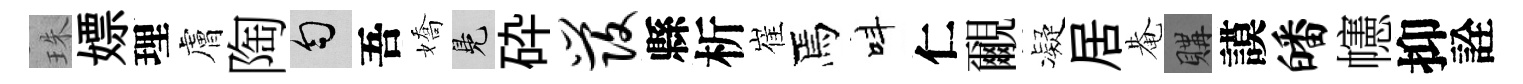
珠嫖理膚陶匀吾嬌鳬砕发縣析崔焉呌仁覼凝居𤲅購謨皤幰抑詮